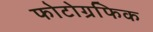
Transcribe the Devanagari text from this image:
फोटोग्रफिक